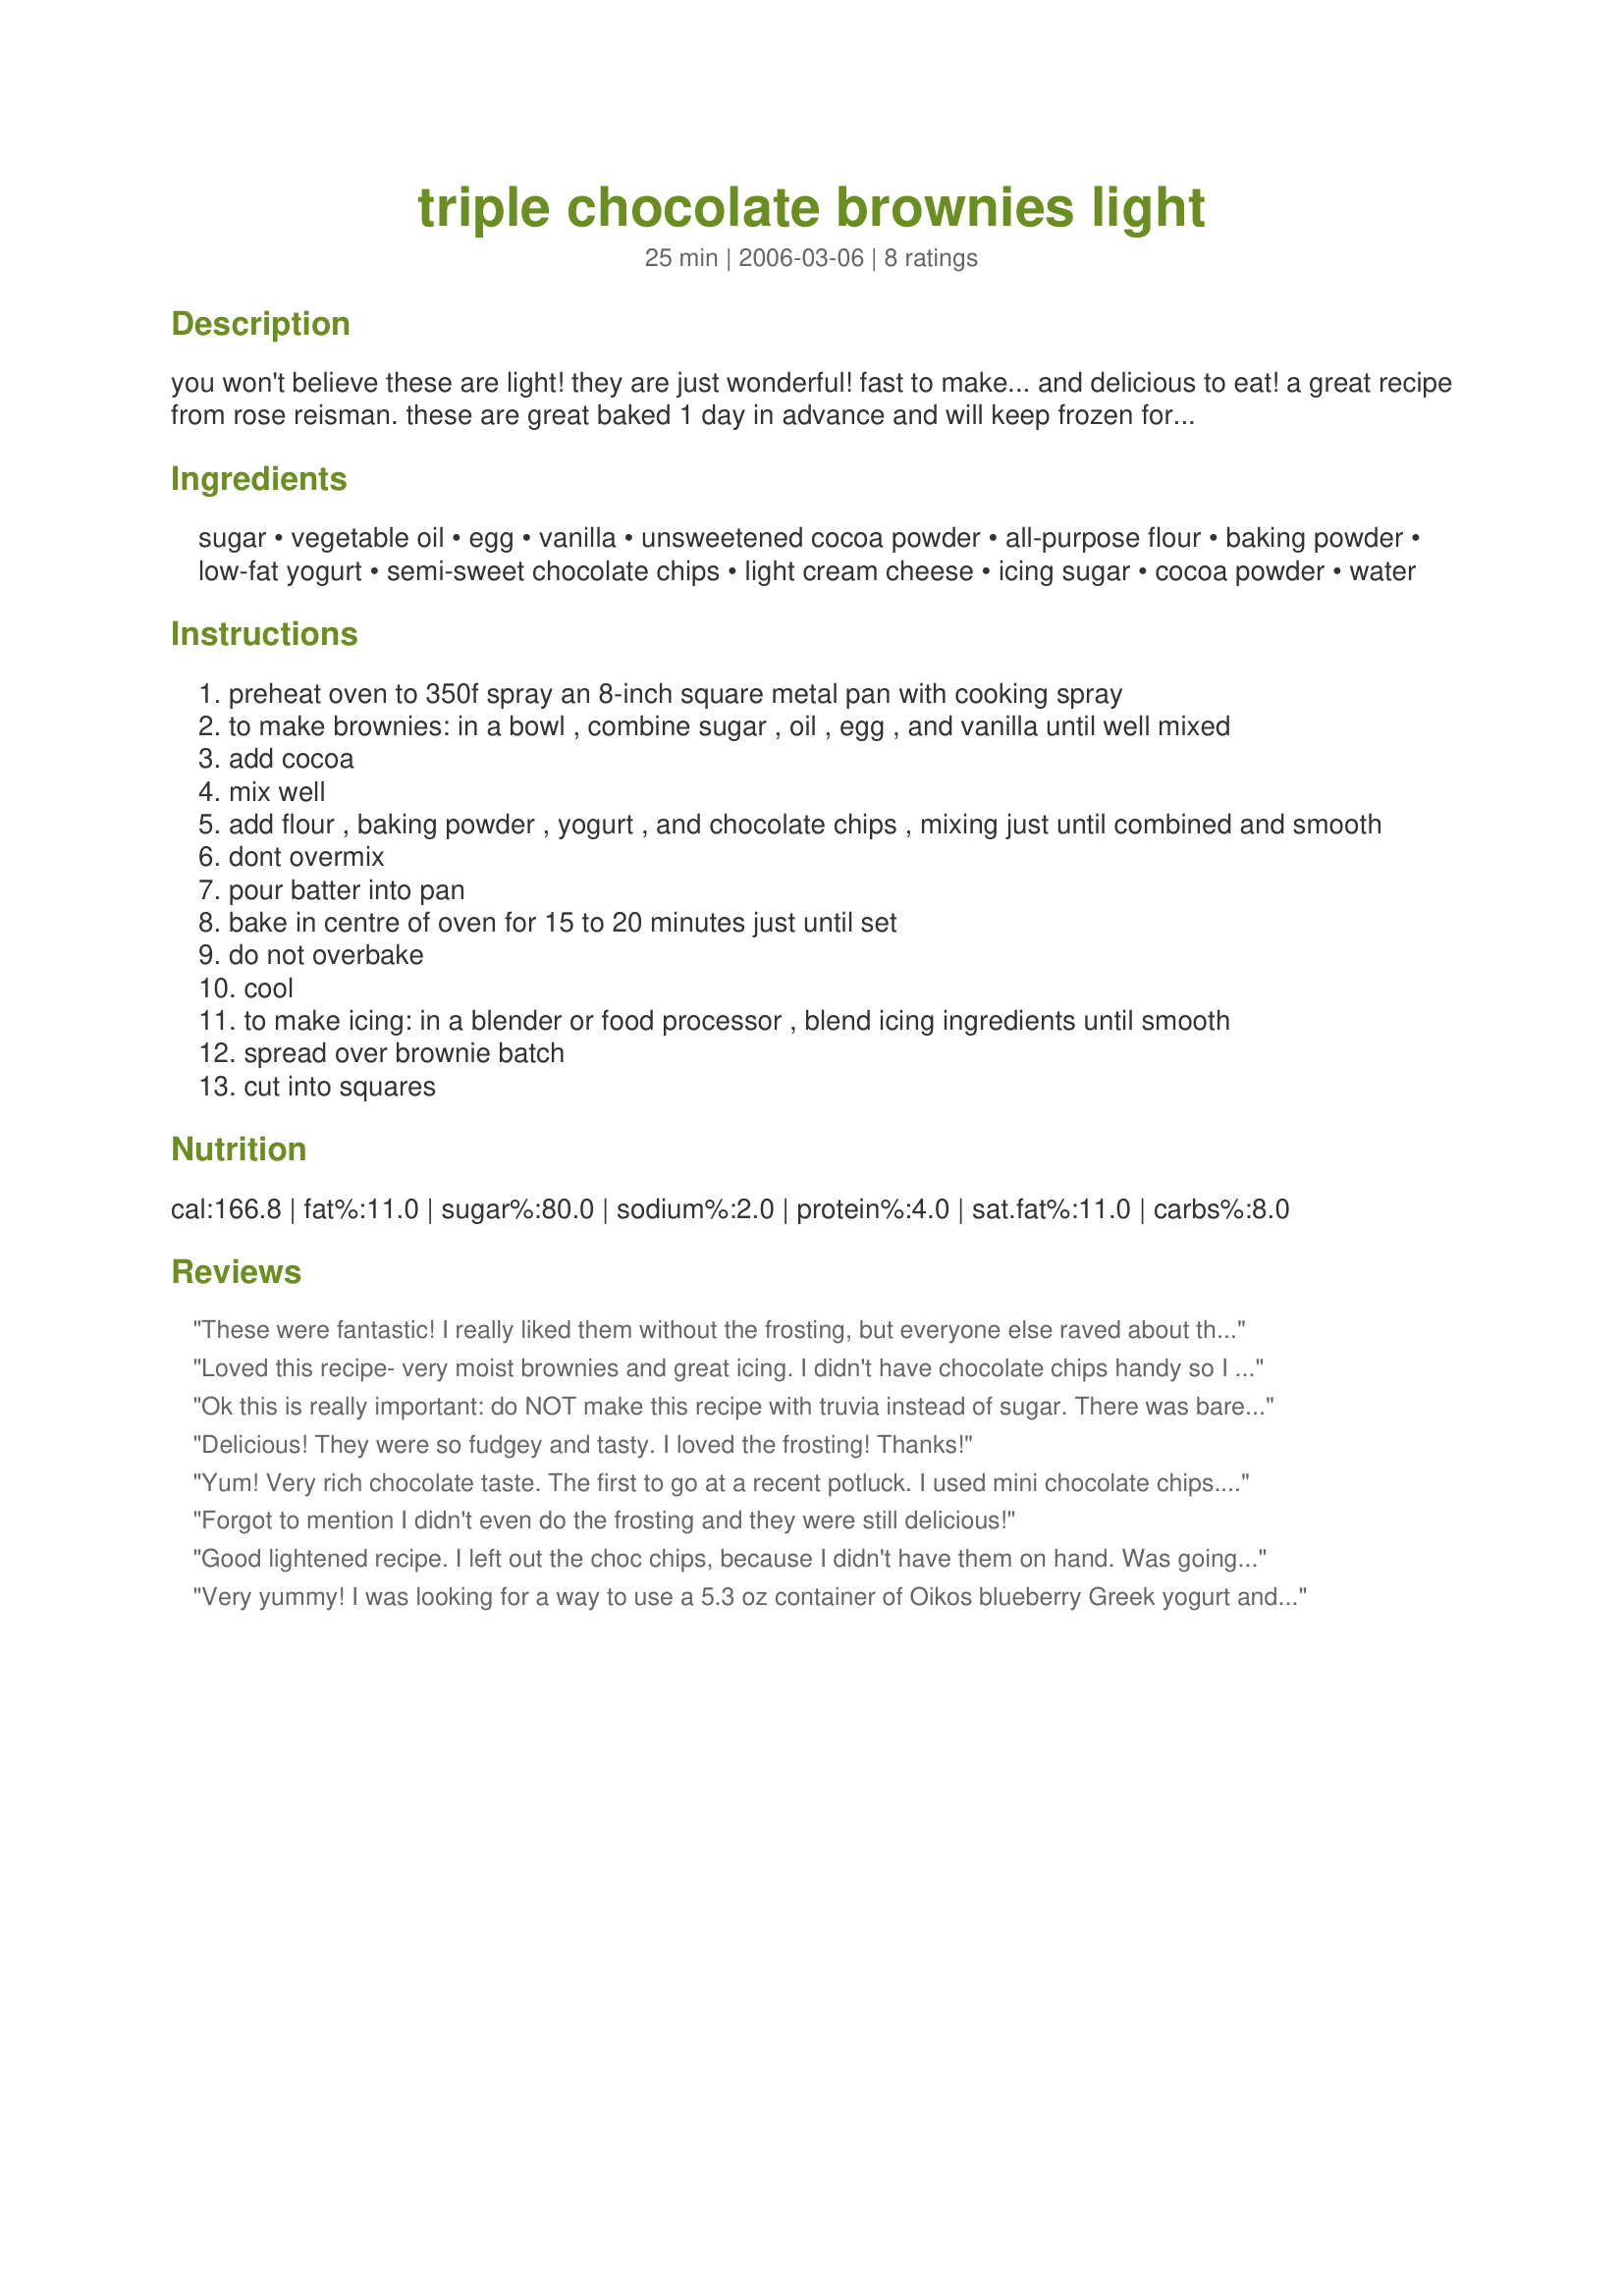
triple chocolate brownies light
Preparation time: 25 minutes

you won't believe these are light! they are just wonderful! fast to make... and delicious to eat! a great recipe from rose reisman. these are great baked 1 day in advance and will keep frozen for up to 1 month.

Ingredients:
sugar, vegetable oil, egg, vanilla, unsweetened cocoa powder, all-purpose flour, baking powder, low-fat yogurt, semi-sweet chocolate chips, light cream cheese, icing sugar, cocoa powder, water

Steps:
preheat oven to 350f spray an 8-inch square metal pan with cooking spray
to make brownies: in a bowl , combine sugar , oil , egg , and vanilla until well mixed
add cocoa
mix well
add flour , baking powder , yogurt , and chocolate chips , mixing just until combined and smooth
dont overmix
pour batter into pan
bake in centre of oven for 15 to 20 minutes just until set
do not overbake
cool
to make icing: in a blender or food processor , blend icing ingredients until smooth
spread over brownie batch
cut into squares

Reviews:
These were fantastic! I really liked them without the frosting, but everyone else raved about them - including my picky hubby. Will definitely make them again.
TFS!
Loved this recipe- very moist brownies and great icing. I didn't have chocolate chips handy so I left them out and still great- I'm sure they would be even better with! As other reviews, I found myself checking them frequently as to not overcook. 
It's nice to have a light dessert recipe that tastes soo good.
Ok this is really important: do NOT make this recipe with truvia instead of sugar. There was barely enough batter to cover the bottom of the pan, and definitely a gross aftertaste. I usually like sugar substitutes, even in baking, but maybe not truvia... The texture was still great, so I can't wait to try this recipe again, the RIGHT way.
Delicious! They were so fudgey and tasty. I loved the frosting! Thanks!
Yum! Very rich chocolate taste. The first to go at a recent potluck. I used mini chocolate chips. The first batch I didn't cook enough; I was being too careful! The second batch I tested with a toothpick, looking for moist crumbs, about 25 min to bake. Perfect! All ovens are different so test carefully. Thanks for posting!
Forgot to mention I didn't even do the frosting and they were still delicious!
Good lightened recipe. I left out the choc chips, because I didn't have them on hand. Was going to bypass the icing, too, but I'm glad I didn't. The icing really made these for me. MMmmm
Very yummy! I was looking for a way to use a 5.3 oz container of Oikos blueberry Greek yogurt and figured the chocolate in this recipe would mask the yogurt's blueberry flavor. Doubled the recipe and used that one container. Very delicious, you really would never know these were light. Lots of chocolates goodness. I really enjoyed the frosting, it's different and the cream cheese compliments the brownies nicely, though I'm sure they'd also be good without it. Next time I'd leave out the water in the frosting, it was a bit thin. Stored these in the fridge because of the cream cheese. Thanks for sharing the recipe!
